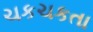
ચકચકતા